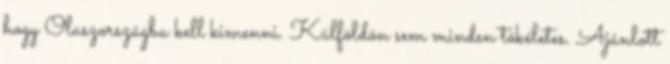
hogy Olaszországba kell kimenni. Külföldön sem minden tökéletes. Ajánlott